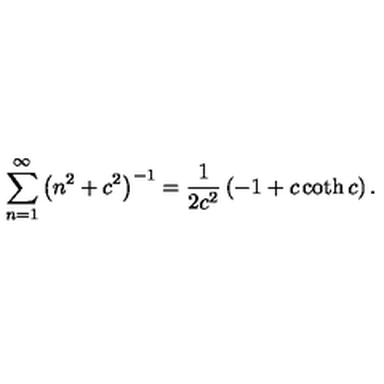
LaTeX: \sum _ { n = 1 } ^ { \infty } \left( n ^ { 2 } + c ^ { 2 } \right) ^ { - 1 } = \frac { 1 } { 2 c ^ { 2 } } \left( - 1 + c \coth c \right) .